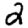
Digit: 2